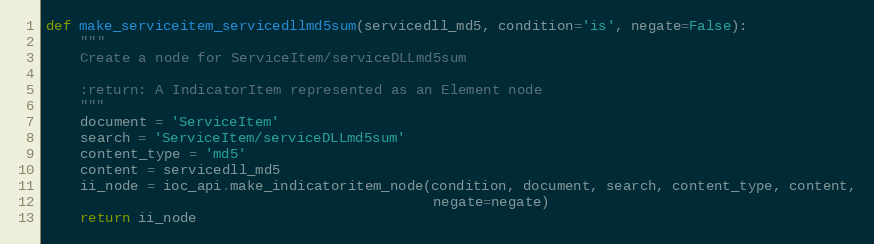
Language: Python
def make_serviceitem_servicedllmd5sum(servicedll_md5, condition='is', negate=False):
    """
    Create a node for ServiceItem/serviceDLLmd5sum

    :return: A IndicatorItem represented as an Element node
    """
    document = 'ServiceItem'
    search = 'ServiceItem/serviceDLLmd5sum'
    content_type = 'md5'
    content = servicedll_md5
    ii_node = ioc_api.make_indicatoritem_node(condition, document, search, content_type, content,
                                              negate=negate)
    return ii_node